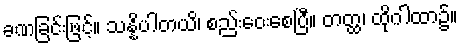
ခဏခြင်းဖြင့်။ သန္နိပါတယိ၊ စည်းဝေးစေပြီ။ တတ္ထ၊ ထိုဂါထာ၌။